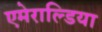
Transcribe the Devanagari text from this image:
एमेराल्डिया